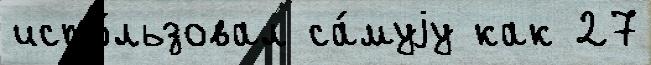
испо́льзовал са́муjу как 27